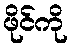
ဖိုင်ကို